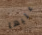
عليها